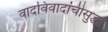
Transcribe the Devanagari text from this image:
वादविवादांचीसुद्धा